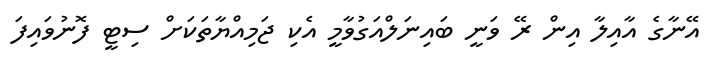
އޭނާގެ އާއިލާ އިން ރޭ ވަނީ ބައިނަލްއަގުވާމީ އެކި ޖަމިއްޔާތަކަށް ސިޓީ ފޮނުވައިފަ